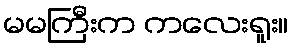
မမကြီးက ကလေးရူး။